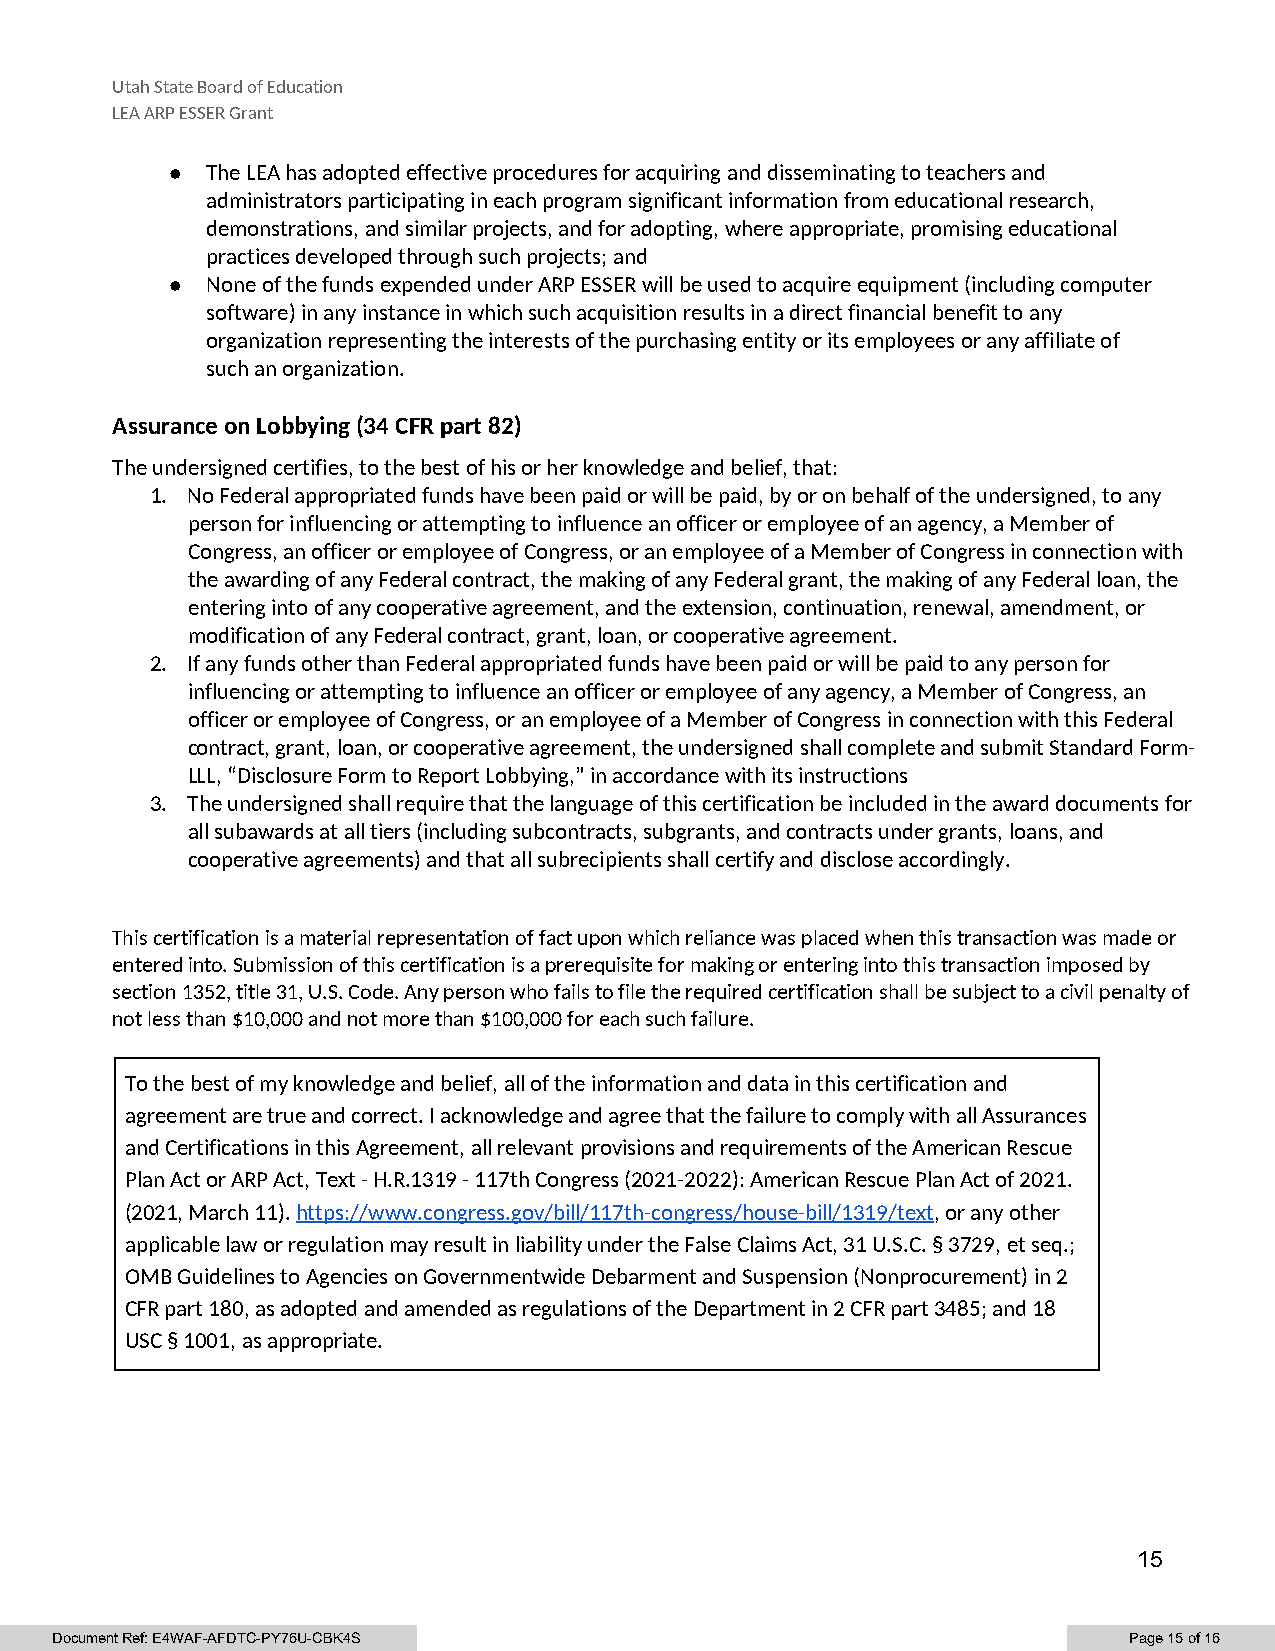
Utah State Board of Education
 LEA ARP ESSER Grant
 ●  The LEA has adopted effective procedures for acquiring and disseminating to teachers and
 administrators participating in each program significant information from educational research,
 demonstrations, and similar projects, and for adopting, where appropriate, promising educational
 practices developed through such projects; and
 ●  None of the funds expended under ARP ESSER will be used to acquire equipment (including computer
 software) in any instance in which such acquisition results in a direct financial benefit to any
 organization representing the interests of the purchasing entity or its employees or any affiliate of
 such an organization.
 Assurance on Lobbying (34 CFR part 82)
 The undersigned certifies, to the best of his or her knowledge and belief, that:
 1. No Federal appropriated funds have been paid or will be paid, by or on behalf of the undersigned, to any
 person for influencing or attempting to influence an officer or employee of an agency, a Member of
 Congress, an officer or employee of Congress, or an employee of a Member of Congress in connection with
 the awarding of any Federal contract, the making of any Federal grant, the making of any Federal loan, the
 entering into of any cooperative agreement, and the extension, continuation, renewal, amendment, or
 modification of any Federal contract, grant, loan, or cooperative agreement.
 2. If any funds other than Federal appropriated funds have been paid or will be paid to any person for
 influencing or attempting to influence an officer or employee of any agency, a Member of Congress, an
 officer or employee of Congress, or an employee of a Member of Congress in connection with this Federal
 contract, grant, loan, or cooperative agreement, the undersigned shall complete and submit Standard Form-
 LLL, “Disclosure Form to Report Lobbying,” in accordance with its instructions
 3. The undersigned shall require that the language of this certification be included in the award documents for
 all subawards at all tiers (including subcontracts, subgrants, and contracts under grants, loans, and
 cooperative agreements) and that all subrecipients shall certify and disclose accordingly.
 This certification is a material representation of fact upon which reliance was placed when this transaction was made or
 entered into. Submission of this certification is a prerequisite for making or entering into this transaction imposed by
 section 1352, title 31, U.S. Code. Any person who fails to file the required certification shall be subject to a civil penalty of
 not less than $10,000 and not more than $100,000 for each such failure.
 To the best of my knowledge and belief, all of the information and data in this certification and
 agreement are true and correct. I acknowledge and agree that the failure to comply with all Assurances
 and Certifications in this Agreement, all relevant provisions and requirements of the American Rescue
 Plan Act or ARP Act, Text - H.R.1319 - 117th Congress (2021-2022): American Rescue Plan Act of 2021.
 (2021, March 11). https://www.congress.gov/bill/117th-congress/house-bill/1319/text, or any other
 applicable law or regulation may result in liability under the False Claims Act, 31 U.S.C. § 3729, et seq.;
 OMB Guidelines to Agencies on Governmentwide Debarment and Suspension (Nonprocurement) in 2
 CFR part 180, as adopted and amended as regulations of the Department in 2 CFR part 3485; and 18
 USC § 1001, as appropriate.
 15
 Document Ref: E4WAF-AFDTC-PY76U-CBK4S                                   Page 15 of 16